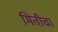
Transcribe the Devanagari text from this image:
मितीचा